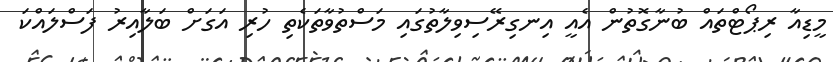
މީޑިއާ ރިޕޯޓްތައް ބުނާގޮތުން އެއީ އިނގިރޭސިވިލާތުގައި މަސްތުވާތަކެތި ހުރި އަގަށް ބަލާއިރު ފަސްލައްކަ